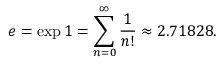
e = \exp 1 = \sum _ { n = 0 } ^ { \infty } { \frac { 1 } { n ! } } \approx 2 . 7 1 8 2 8 .